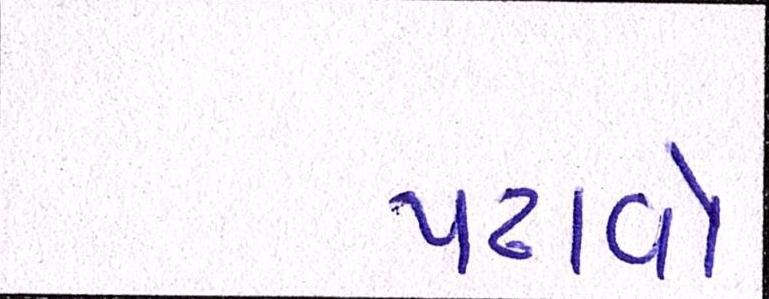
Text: પઢાવો